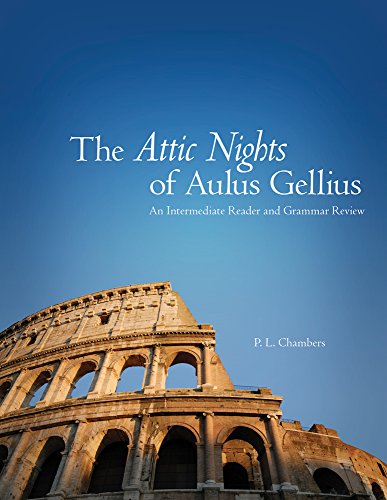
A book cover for The Attic Nights of Aulus Gellius: An Intermediate Reader and Grammar Review; P. L. Chambers; Reference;